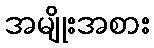
အမျိုးအစား